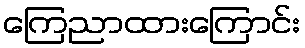
ကြေညာထားကြောင်း